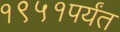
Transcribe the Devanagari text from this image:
१९५१पर्यंत